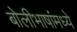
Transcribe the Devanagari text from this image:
बोलीभाषांमध्ये